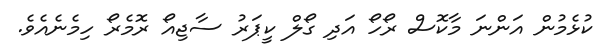
ކުޅެމުން އަންނަ މާކޮސް ރޯހޯ އަދި ގޯލް ކީޕަރު ސާޖިއޯ ރޮމެރޯ ހިމެނެއެވެ.